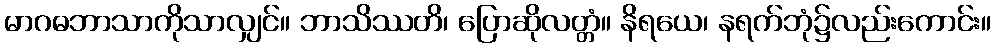
မာဂဓဘာသာကိုသာလျှင်။ ဘာသိဿတိ၊ ပြောဆိုလတ္တံ။ နိရယေ၊ နရက်ဘုံ၌လည်းကောင်း။